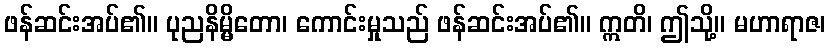
ဖန်ဆင်းအပ်၏။ ပုညနိမ္မိတော၊ ကောင်းမှုသည် ဖန်ဆင်းအပ်၏။ ဣတိ၊ ဤသို့။ မဟာရာဇ၊